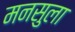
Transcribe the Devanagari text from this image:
मनसुला